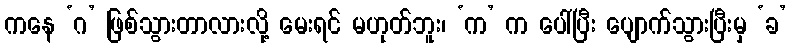
ကနေ ‘ဂ’ ဖြစ်သွားတာလားလို့ မေးရင် မဟုတ်ဘူး၊ ‘က’ က ပေါ်ပြီး ပျောက်သွားပြီးမှ ‘ခ’